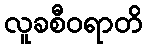
လူခစီဝရာတိ